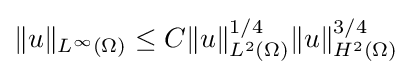
\displaystyle \|u\|_{L^{\infty }(\Omega )}\leq C\|u\|_{L^{2}(\Omega )}^{1/4}\|u\|_{H^{2}(\Omega )}^{3/4}